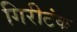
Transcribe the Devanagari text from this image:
गिरीटंक